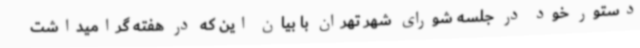
دستور خود در جلسه شورای شهر تهران با بیان این که در هفته گرامیداشت